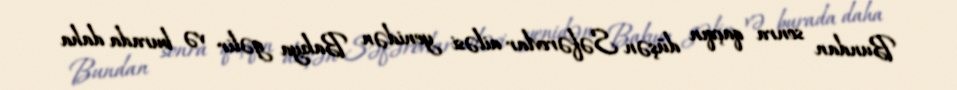
Bundan sonra qaçqın düşən Səfərovlar ailəsi yenidən Bakıya gəlir və burada daha